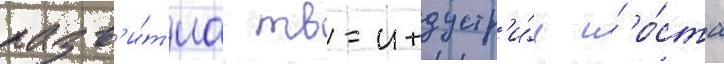
разв'и́т'иа тв-индустр'и́и и́ ро́ста